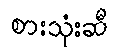
စားသုံးဆီ